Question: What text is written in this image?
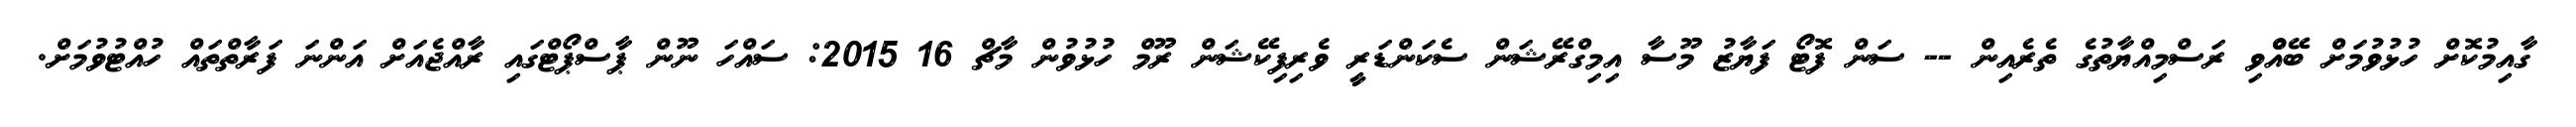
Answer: ގާއިމުކޮށް ހުޅުވުމަށް ބޭއްްވި ރަސްމިއްޔާތުގެ ތެރެއިން -- ސަން ފޮޓޯ ފަޔާޒު މޫސާ އިމިގްރޭޝަން ސެކަންޑަރީ ވެރިފިކޭޝަން ރޫމް ހުޅުވުން މާޗް 16 2015: ސައްހަ ނޫން ޕާސްޕޯޓްގައި ރާއްޖެއަށް އަންނަ ފަރާތްތައް ހުއްޓުވުމަށް.